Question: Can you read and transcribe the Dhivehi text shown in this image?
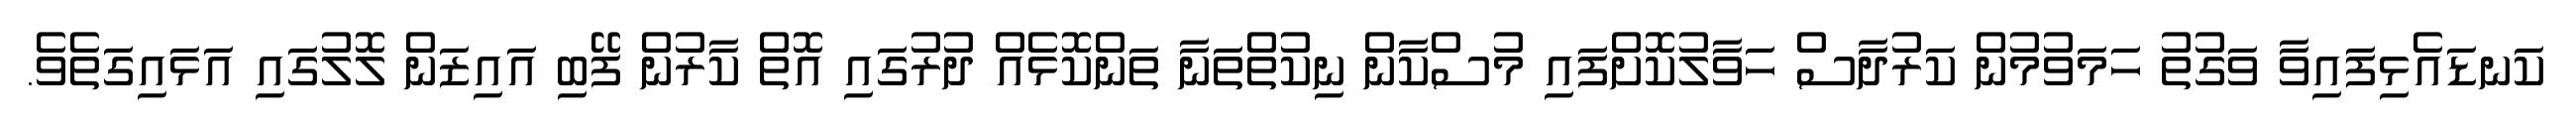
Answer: ކަނޑައެޅިފައިވާ ވަގުތު ހަމަވުމުން ކަރުދާސް ހަވާލުކޮށްފައި މުސްކާން ނިކުތްތަނާ ތަންކޮޅެއް ދުރުގައި އޮތް ކާރުން ފޭބި އައިޒަން ލޮލުގައި އަޅައިގަތެވެ.